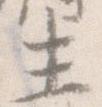
生